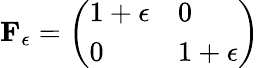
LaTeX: \begin{array}{r}{\mathbf{F}_{\epsilon}=\left(\begin{array}{ll}{1+\epsilon}&{0}\\ {0}&{1+\epsilon}\end{array}\right)}\end{array}